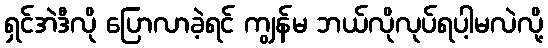
ရှင်အဲဒီလို ပြောလာခဲ့ရင် ကျွန်မ ဘယ်လိုလုပ်ရပါ့မလဲလို့